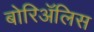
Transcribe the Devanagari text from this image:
बोरिॲलिस